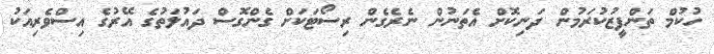
ހުކުމް ތަންފީޒުކުރަމުން ދަނިކޮށް އެތަނުން ނެރެގެން ރިސޯޓަކަށް ގެންގޮސް ދައުލަތުގެ އޭރުގެ އިސްވެރިއަކު